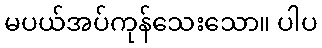
မပယ်အပ်ကုန်သေးသော။ ပါပ